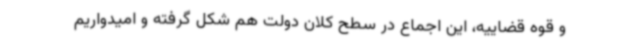
و قوه قضاییه، این اجماع در سطح کلان دولت هم شکل گرفته و امیدواریم